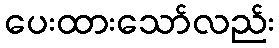
ပေးထားသော်လည်း